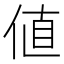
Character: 値